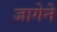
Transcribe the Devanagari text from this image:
जागेने